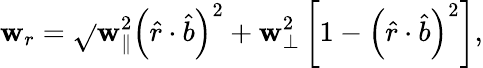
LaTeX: \mathbf{w}_{r}=\sqrt{}{{\mathbf{w}_{\parallel}^{2}\left(\hat{{r}}\cdot\hat{{b}}\right)^{2}+\mathbf{w}_{\perp}^{2}\left[1-\left(\hat{{r}}\cdot\hat{{b}}\right)^{2}\right]}},